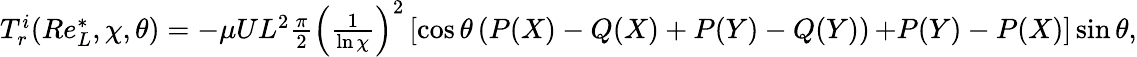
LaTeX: \begin{array}{r}{T_{r}^{i}(Re_{L}^{*},\chi,\theta)=-\mu UL^{2}\frac{\pi}{2}\left(\frac{1}{\ln\chi}\right)^{2}\left[\cos\theta\left(P(X)-Q(X)+P(Y)-Q(Y)\right)\right.\left.+P(Y)-P(X)\right]\sin\theta,}\end{array}